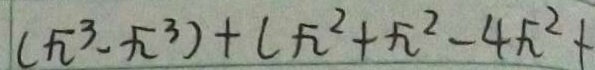
( \sqrt { 2 } ^ { 3 } - \sqrt { 2 } ^ { 3 } ) + ( \sqrt { 2 } ^ { 2 } + \sqrt { 2 } ^ { 2 } - 4 \sqrt { 2 } ^ { 2 } +